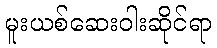
မူးယစ်ဆေးဝါးဆိုင်ရာ